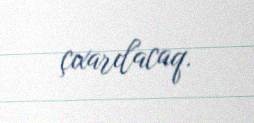
çıxarılacaq.